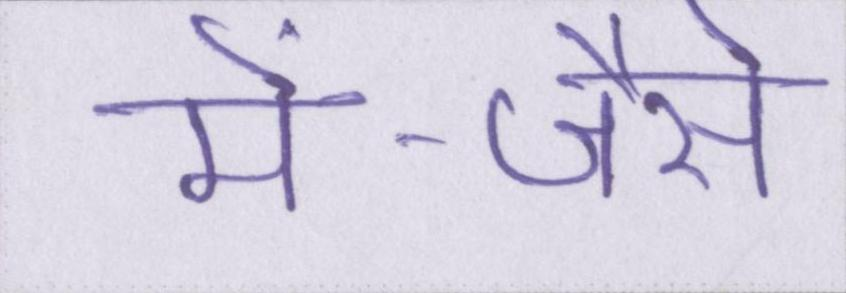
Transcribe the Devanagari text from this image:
में--जैसे